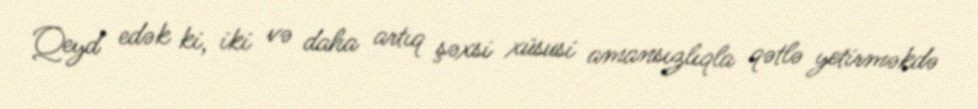
Qeyd edək ki, iki və daha artıq şəxsi xüsusi amansızlıqla qətlə yetirməkdə